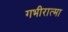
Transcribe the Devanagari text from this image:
गभीरात्मा